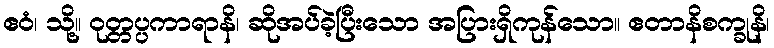
ဧဝံ၊ သို့။ ဝုတ္တပ္ပကာရာနိ၊ ဆိုအပ်ခဲ့ပြီးသော အပြားရှိကုန်သော။ ဧတာနိစက္ခုနိ၊